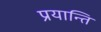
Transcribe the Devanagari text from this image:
प्रयान्ति